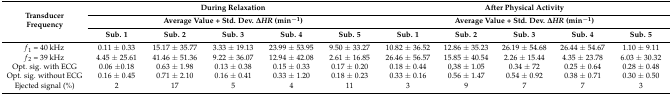
| <ROWSPAN=3> Transducer Frequency | <COLSPAN=5> During Relaxation | <COLSPAN=5> After Physical Activity |
 | <COLSPAN=5> Average Value + Std. Dev. ΔHR (min−1) | <COLSPAN=5> Average Value + Std. Dev. ΔHR (min−1) |
 | Sub. 1 | Sub. 2 | Sub. 3 | Sub. 4 | Sub. 5 | Sub. 1 | Sub. 2 | Sub. 3 | Sub. 4 | Sub. 5 |
 | --- | --- | --- | --- | --- | --- | --- | --- | --- | --- | --- |
 | f1 = 40 kHz | 0.11 ± 0.33 | 15.17 ± 35.77 | 3.33 ± 19.13 | 23.99 ± 53.95 | 9.50 ± 33.27 | 10.82 ± 36.52 | 12.86 ± 35.23 | 26.19 ± 54.68 | 26.44 ± 54.67 | 1.10 ± 9.11 |
 | f2 = 39 kHz | 4.45 ± 25.61 | 41.46 ± 51.36 | 9.22 ± 36.07 | 12.94 ± 42.08 | 2.61 ± 16.85 | 26.46 ± 56.57 | 15.85 ± 40.54 | 2.26 ± 15.44 | 4.35 ± 23.78 | 6.03 ± 30.32 |
 | Opt. sig. with ECG | 0.06 ±0.18 | 0.63 ± 1.98 | 0.13 ± 0.38 | 0.15 ± 0.33 | 0.17 ± 0.20 | 0.18 ± 0.44 | 0,38 ± 1.05 | 0.34 ± 72 | 0.25 ± 0.64 | 0.28 ± 0.48 |
 | Opt. sig. without ECG | 0.16 ± 0.45 | 0.71 ± 2.10 | 0.16 ± 0.41 | 0.33 ± 1.20 | 0.18 ± 0.23 | 0.33 ± 0.16 | 0.56 ± 1.47 | 0.54 ± 0.92 | 0.38 ± 0.71 | 0.30 ± 0.50 |
 | Ejected signal (%) | 2 | 17 | 5 | 4 | 11 | 3 | 9 | 7 | 7 | 3 |